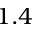
1 . 4